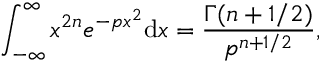
\int _ { - \infty } ^ { \infty } x ^ { 2 n } e ^ { - p x ^ { 2 } } \mathrm { d } x = { \frac { \Gamma ( n + 1 / 2 ) } { p ^ { n + 1 / 2 } } } ,